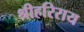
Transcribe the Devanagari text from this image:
श्रीहरिराय